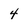
Character: 4